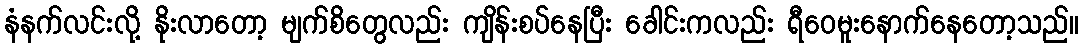
နံနက်လင်းလို့ နိုးလာတော့ မျက်စိတွေလည်း ကျိန်းစပ်နေပြီး ခေါင်းကလည်း ရီဝေမူးနောက်နေတော့သည်။